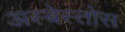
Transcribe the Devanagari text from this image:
अस्बेस्तोस